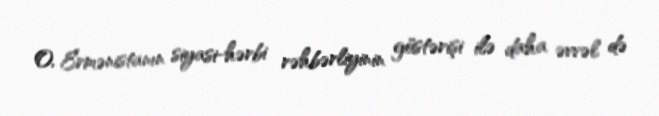
O, Ermənistanın siyasi-hərbi rəhbərliyinin göstərişi ilə daha əvvəl də